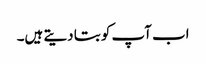
اب آپ کو بتا دیتے ہیں۔